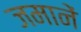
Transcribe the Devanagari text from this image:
जमानें